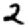
Digit: 2